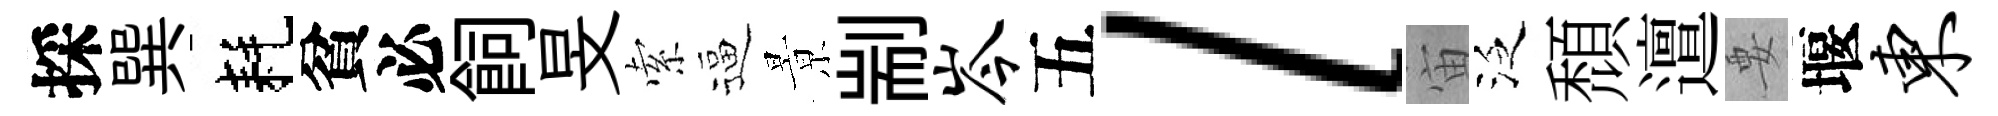
採巽耗貧必飼旻索逼㬌剬岑五l宙泛頹邅要堰东